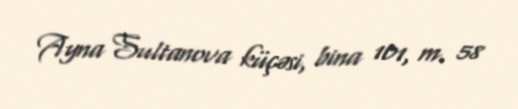
Ayna Sultanova küçəsi, bina 101, m. 58